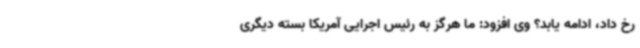
رخ داد، ادامه یابد؟ وی افزود: ما هرگز به رئیس اجرایی آمریکا بسته دیگری